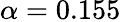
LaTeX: \alpha=0.155